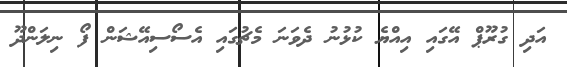
އަދި ގުރޫޕް އޭގައި އިއްޔެ ކުޅުނު ދެވަނަ މެޗުގައި އެސޯސިއޭޝަން ފޯ ނިލަންދޫ